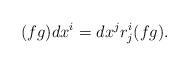
LaTeX: \begin{align*}(fg)dx^{i}=dx^{j}r_{j}^{i}(fg).\end{align*}